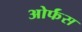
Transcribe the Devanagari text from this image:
ओर्फंस